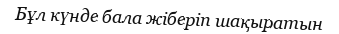
Бұл күнде бала жіберіп шақыратын